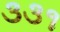
૩૩૧